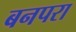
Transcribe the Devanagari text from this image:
बनपरा